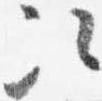
次